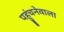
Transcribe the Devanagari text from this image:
पहुंचनेवाला